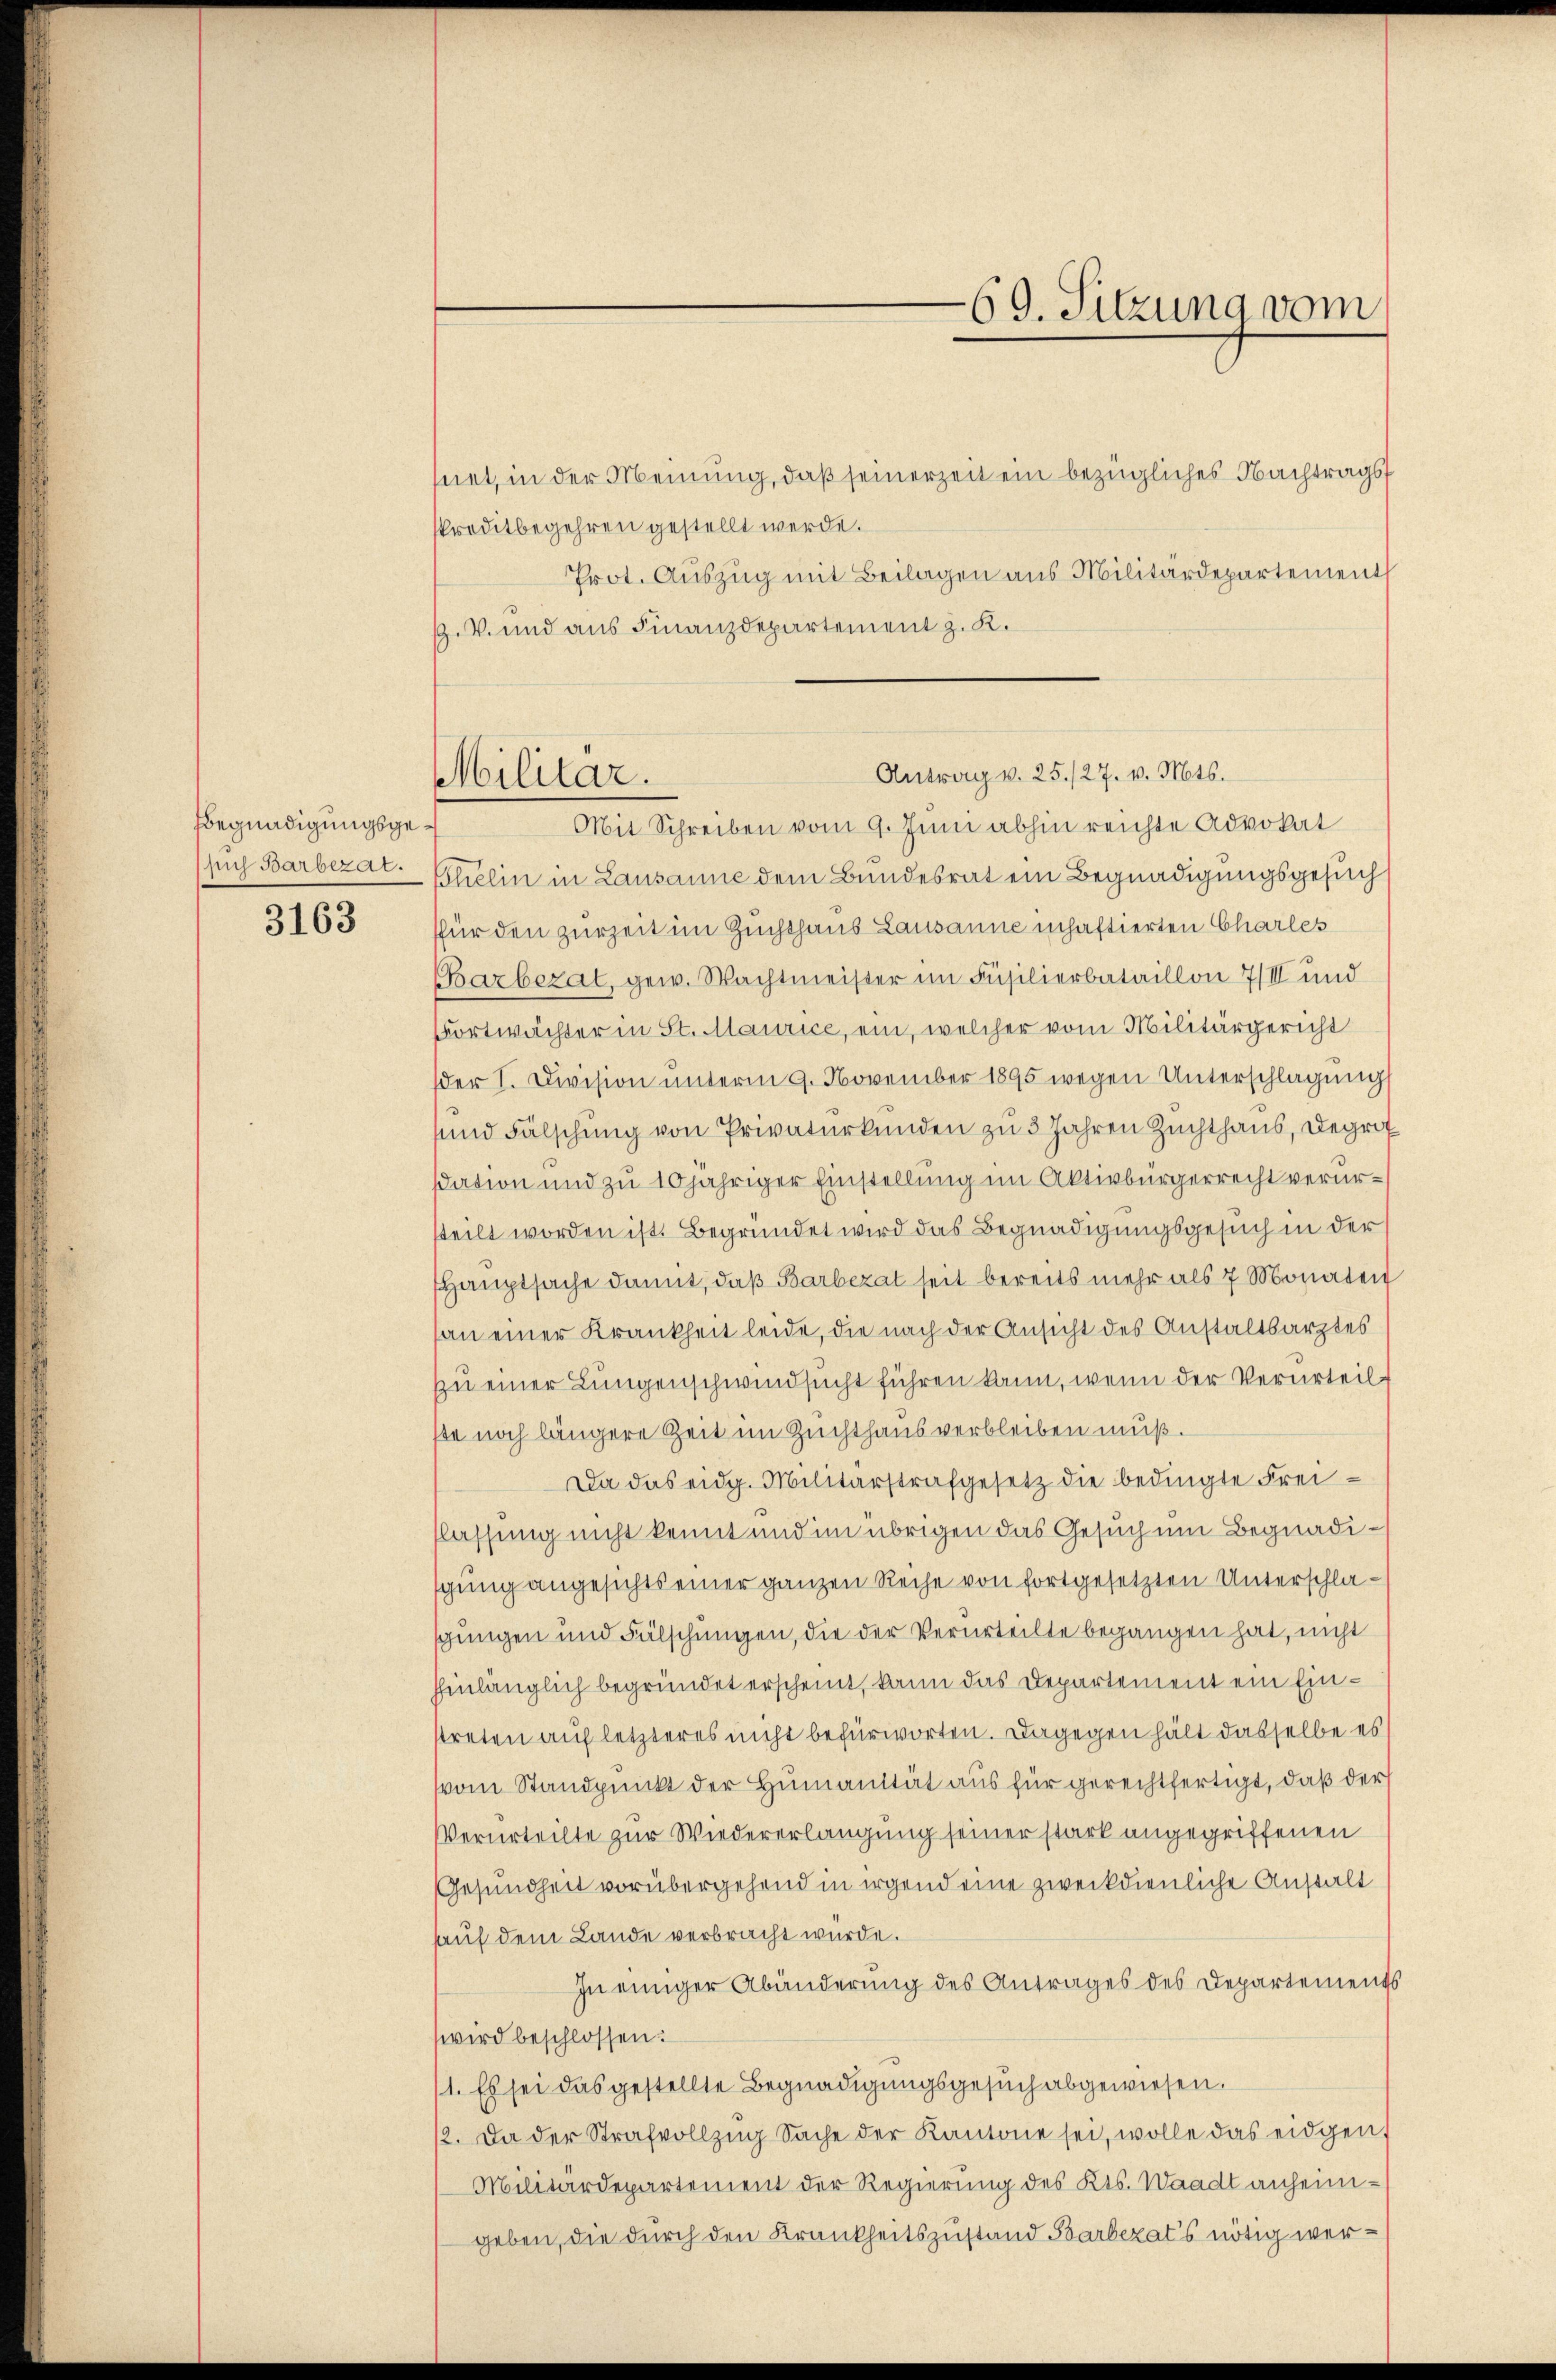
Begnadigungsge¬

3163

Militär.

69. Sitzung vom

hnet, in der Meinung, daß seinerzeit ein bezügliches Nachtragsf
sPreditbegehren gestellt werde.
Prot. Auszug mit Beilagen aus Militärdepartement
.V. und aus Finanzdepartement z. K.

Mit Schreiben vom 9. Juni abhin reichte Advokat
such Barbezat Gelin in Lausanne dem Bundesrat ein Begnadigungsgesuch
ffür den zurzeit im Zuchthaus Lausanne inhaftierten Charles
Barbezal, gew. Wachtmeister im Füsilierbataillon III und
Fortwächter in St. Maurice, ein, welcher vom Militärgericht
der I. Division unterm 9. November 1895 wegen Unterschlagung
sund Fälschung von Privaturkunden zu 3 Jahren Zuchthaus, Degrif
sation und zu 10jähriger Einstellung im Aktivbürgerrecht verursteilt worden ist. Begründet wird das Begnadigungsgesuch in der
Hauptsache damit, daß Barbezat seit bereits mehr als 7 Monaten
an einer Krankheit leide, die nach der Ansicht des Anstaltsarztes
zu einer Lungenschwindsucht führen kann, wenn der Verurteil
ße noch längere Zeit im Zuchthaus verbleiben muß.
Da das eidg. Militärstrafgesetz die bedingte Freiflassung nicht kennt und im übrigen das Gesuch um Begnadigung angesichts einer ganzen Reihe von fortgesetzten Unterschlaschungen und Fälschungen, die der Verurteilte begangen hat, nicht
hinlänglich begründet erscheint, kann das Departement ein Einstreten auf letzteres nicht befürworten. Dagegen hält dasselbe es
vom Standpunkt der Humanität aus für gerechtfertigt, daß der
Verurteilte zur Wiedererlangung seiner stark angegriffenen
Gesundheit vorübergehend in irgend eine zweckdienliche Anstalt
auf dem Lande verbracht würde.
In einiger Abänderung des Antrages des Departements
wird beschlossen:
1. Es sei das gestellte Begnadigungsgesuch abgewiesen.
12. Da der Strafvollzŭg Sache der Kantone sei, wolle das eidgen
Militärdepartement der Regierung des Kts. Waadt anheimgeben, die durch den Krankheitszustand Barbezat’s nötig wer¬

Antrag v. 25./27. v. Mts.